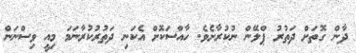
ދާން ގޮތަށް ދަތުރު ޕްލޭން ނުކުރާށެވެ. ހާއްސަކޮށް އެކަނި ދަތުރުކުރާނަމަ މިއީ ވިސްނަން